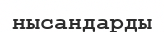
нысандарды